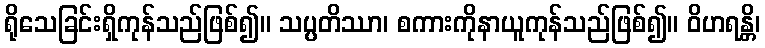
ရိုသေခြင်းရှိကုန်သည်ဖြစ်၍။ သပ္ပတိဿာ၊ စကားကိုနာယူကုန်သည်ဖြစ်၍။ ဝိဟရန္တိ၊